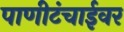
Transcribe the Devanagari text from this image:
पाणीटंचाईवर